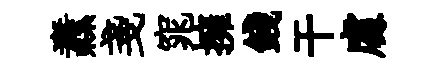
纛戔窕擁錢干䖏